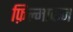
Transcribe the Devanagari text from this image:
फ़िल्माकन